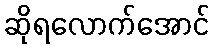
ဆိုရလောက်အောင်